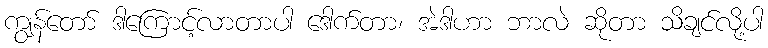
ကျွန်တော် ဒါကြောင့်လာတာပါ ဒေါက်တာ၊ အဲဒါဟာ ဘာလဲ ဆိုတာ သိချင်လို့ပါ